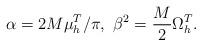
LaTeX: \begin{align*} \alpha = 2M\mu^T_h /\pi,\ \beta^2 = \frac{M}{2}\Omega^T_h. \end{align*}